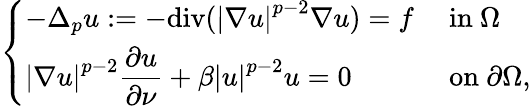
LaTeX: \left\{ \begin{array}{ll}{-\Delta_{p}u:=-\mathrm{div}({\left|\nabla u\right|}^{p-2}\nabla u)=f}&{\mathrm{~in~}\Omega}\\ {{\left|\nabla u\right|}^{p-2}\displaystyle{\frac{\partial u}{\partial\nu}}+\beta{\left|u\right|}^{p-2}u=0}&{\mathrm{~on~}\partial\Omega,}\end{array}\right.